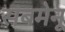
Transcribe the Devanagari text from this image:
सबमेनू